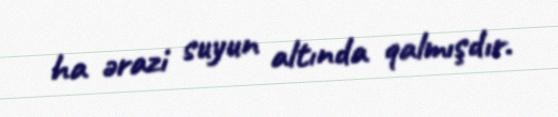
ha ərazi suyun altında qalmışdır.